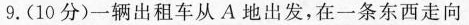
9. (10分)一辆出租车从 A 地出发，在一条东西走向